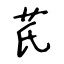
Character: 芪